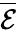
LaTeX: \overline{{\mathcal{E}}}